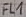
Text: FL1